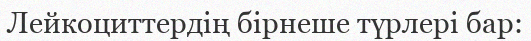
Лейкоциттердің бірнеше түрлері бар: